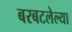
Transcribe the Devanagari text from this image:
बरबटलेल्या